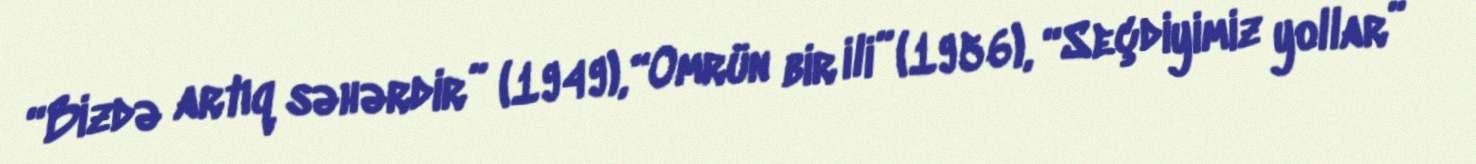
“Bizdə artıq səhərdir” (1949), “Omrün bir ili” (1956), “Seçdiyimiz yollar”